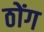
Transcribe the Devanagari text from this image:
ठोंग